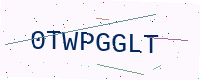
Text: 0TWPGGLT